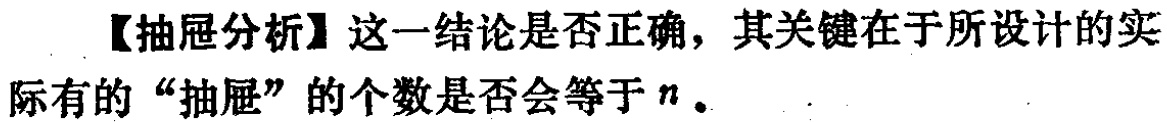
【抽屉分析】这一结论是否正确，其关键在于所设计的实际有的“抽屉”的个数是否会等于\(n\)。